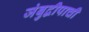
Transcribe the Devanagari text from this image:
जंबुद्वीपाची